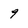
Character: 9